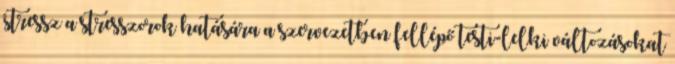
stressz a stresszorok hatására a szervezetben fellépő testi-lelki változásokat